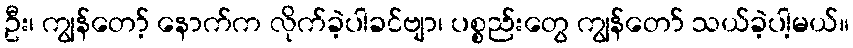
ဦး၊ ကျွန်တော့် နောက်က လိုက်ခဲ့ပါခင်ဗျာ၊ ပစ္စည်းတွေ ကျွန်တော် သယ်ခဲ့ပါ့မယ်။